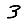
Digit: 3